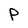
Character: P